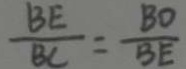
\frac { B E } { B C } = \frac { B D } { B E }